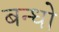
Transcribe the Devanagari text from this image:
बन्धो